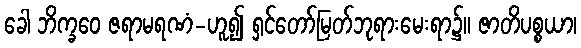
ခေါ ဘိက္ခဝေ ဇရာမရဏံ-ဟူ၍ ရှင်တော်မြတ်ဘုရားမေးရာ၌။ ဇာတိပစ္စယာ၊